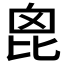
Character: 𣬉